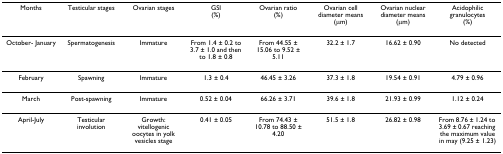
<table><thead><tr><td><b>Months</b></td><td><b>Testicular stages</b></td><td><b>Ovarian stages</b></td><td><b>GSI (%)</b></td><td><b>Ovarian ratio (%)</b></td><td><b>Ovarian cell diameter means (μm)</b></td><td><b>Ovarian nuclear diameter means (μm)</b></td><td><b>Acidophilic granulocytes (%)</b></td></tr></thead><tbody><tr><td>October- January</td><td>Spermatogenesis</td><td>Immature</td><td>From 1.4 ± 0.2 to 3.7 ± 1.0 and then to 1.8 ± 0.8</td><td>From 44.55 ± 15.06 to 9.52 ± 5.11</td><td>32.2 ± 1.7</td><td>16.62 ± 0.90</td><td>No detected</td></tr><tr><td>February</td><td>Spawning</td><td>Immature</td><td>1.3 ± 0.4</td><td>46.45 ± 3.26</td><td>37.3 ± 1.8</td><td>19.54 ± 0.91</td><td>4.79 ± 0.96</td></tr><tr><td>March</td><td>Post-spawning</td><td>Immature</td><td>0.52 ± 0.04</td><td>66.26 ± 3.71</td><td>39.6 ± 1.8</td><td>21.93 ± 0.99</td><td>1.12 ± 0.24</td></tr><tr><td>April-July</td><td>Testicular involution</td><td>Growth: vitellogenic oocytes in yolk vesicles stage</td><td>0.41 ± 0.05</td><td>From 74.43 ± 10.78 to 88.50 ± 4.20</td><td>51.5 ± 1.8</td><td>26.82 ± 0.98</td><td>From 8.76 ± 1.24 to 3.69 ± 0.67 reaching the maximum value in may (9.25 ± 1.23)</td></tr></tbody></table>